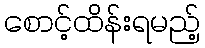
စောင့်ထိန်းရမည့်